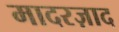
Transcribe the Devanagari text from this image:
मादरज़ाद